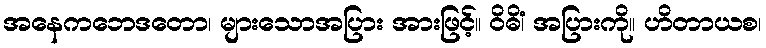
အနေကဘေဒတော၊ များသောအပြား အားဖြင့်။ ဝိဓိံ၊ အပြားကို။ ဟိတာယစ၊